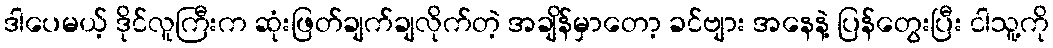
ဒါပေမယ့် ဒိုင်လူကြီးက ဆုံးဖြတ်ချက်ချလိုက်တဲ့ အချိန်မှာတော့ ခင်ဗျား အနေနဲ့ ပြန်တွေးပြီး ငါသူ့ကို